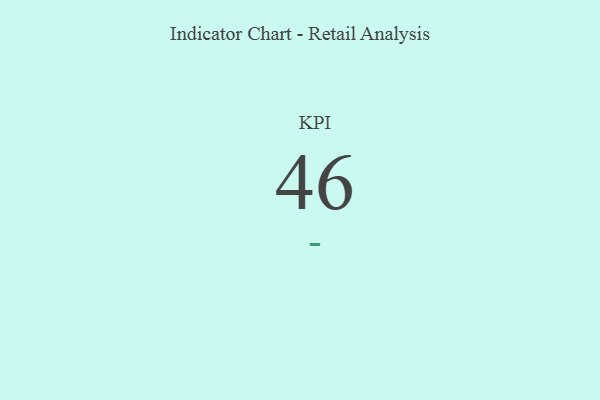
{"axis": {"x": "KPI", "y": "Value"}, "legend": [""], "data": [{"x": "KPI", "y": 46, "type": ""}]}